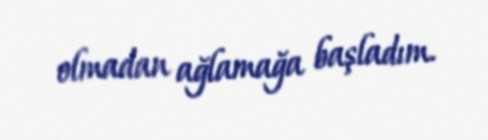
olmadan ağlamağa başladım.